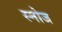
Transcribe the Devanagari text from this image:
स्नोज